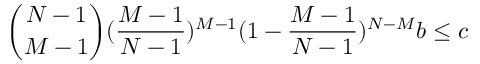
\binom { N - 1 } { M - 1 } ( \frac { M - 1 } { N - 1 } ) ^ { M - 1 } ( 1 - \frac { M - 1 } { N - 1 } ) ^ { N - M } b \leq c